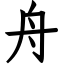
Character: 舟